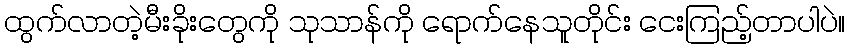
ထွက်လာတဲ့မီးခိုးတွေကို သုသာန်ကို ရောက်နေသူတိုင်း ငေးကြည့်တာပါပဲ။